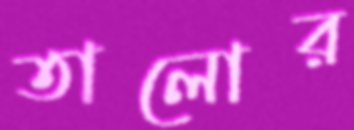
তালোর